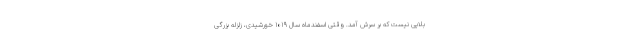
بلایی نیست که بر سرش آمد. وقتی اسفندماه سال ۱۰۱۹ خورشیدی، زلزله بزرگی